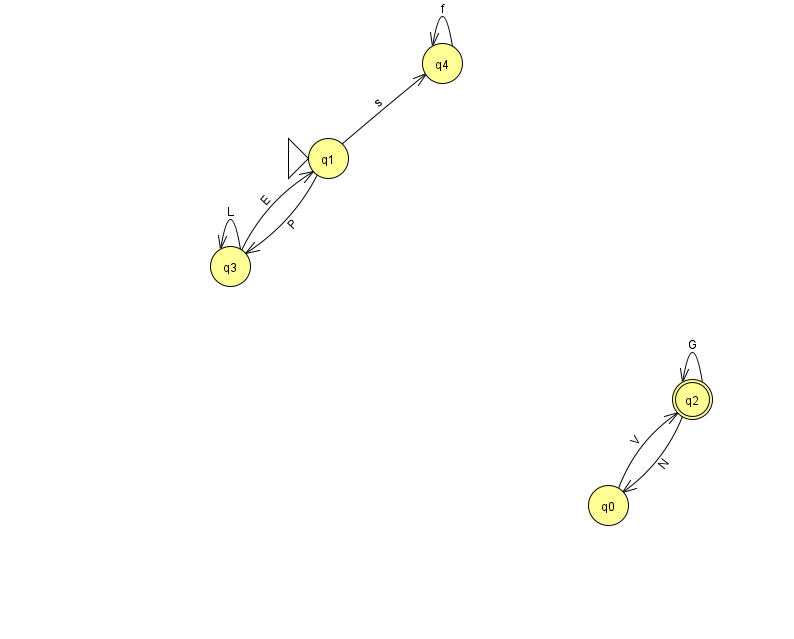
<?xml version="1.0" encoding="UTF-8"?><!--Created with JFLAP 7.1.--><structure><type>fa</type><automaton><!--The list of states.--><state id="0" name="q0"><x>608.0</x><y>492.0</y></state><state id="1" name="q1"><x>328.0</x><y>145.0</y><initial/></state><state id="2" name="q2"><x>692.0</x><y>386.0</y><final/></state><state id="3" name="q3"><x>230.0</x><y>253.0</y></state><state id="4" name="q4"><x>442.0</x><y>50.0</y></state><!--The list of transitions.--><transition><from>1</from><to>3</to><read>P</read></transition><transition><from>3</from><to>1</to><read>E</read></transition><transition><from>1</from><to>4</to><read>s</read></transition><transition><from>0</from><to>2</to><read>V</read></transition><transition><from>4</from><to>4</to><read>f</read></transition><transition><from>2</from><to>2</to><read>G</read></transition><transition><from>3</from><to>3</to><read>L</read></transition><transition><from>2</from><to>0</to><read>N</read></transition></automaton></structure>